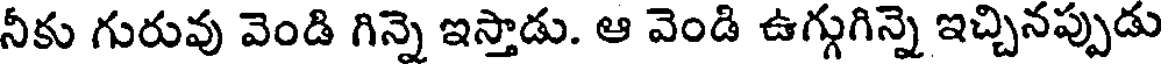
నీకు గురువు వెండి గిన్నె ఇస్తాడు. ఆ వెండి ఉగ్గుగిన్నె ఇచ్చినప్పుడు